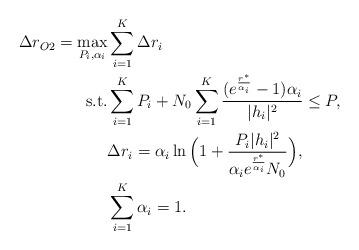
LaTeX: \begin{align*} \begin{aligned}\Delta r_{O2}=\max_{P_i,\alpha_i}&\sum_{i=1}^K\Delta r_i\\\mathrm{s.t.}&\sum_{i=1}^KP_i+N_0\sum_{i=1}^K\frac{(e^{\frac{r^*}{\alpha_i}}-1)\alpha_i}{|h_i|^2}\leq P ,\\&\Delta r_i=\alpha_i\ln \Big(1+\frac{ P_i|{h_i}|^2}{\alpha_ie^\frac{r^*}{\alpha_i}N_0}\Big),\\ &\sum_{i=1}^K\alpha_i=1.\end{aligned}\end{align*}